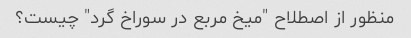
منظور از اصطلاح "میخ مربع در سوراخ گرد" چیست؟